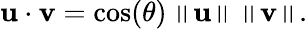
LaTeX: \mathbf{u}\cdot\mathbf{v}=\cos(\theta)\left\| \mathbf{u}\right\| \left\| \mathbf{v}\right\| .